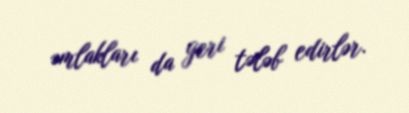
əmlakları da geri tələb edirlər.